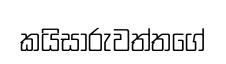
කයිසාරුවත්තගේ